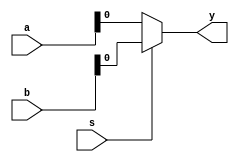
module mux2to1_10 (a,b,s,y);
    input [9:0]a,b;
    input s;
    output y;

    assign y = s ? b : a ;
endmodule


module mux2to1_5 (a,b,s,y);
    input [4:0]a,b;
    input s;
    output y;

    assign y = s ? b : a ;
endmodule